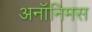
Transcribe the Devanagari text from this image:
अनॉनिमस